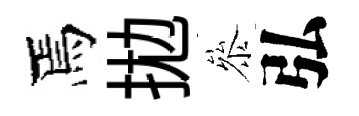
焉拋叅弘